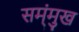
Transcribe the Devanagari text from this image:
सम्ंमुख